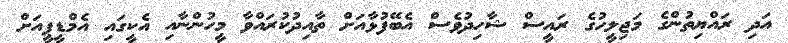
އަދި ރައްޔިތުންގެ މަޖިލީހުގެ ރައީސް ޝާހިދުވެސް އެބޭފުޅާއަށް ތާއިދުކުރައްވާ މީހުންނާއި އެކީގައި އެމްޑީޕީއަށް